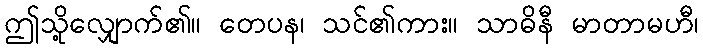
ဤသို့လျှောက်၏။ တေပန၊ သင်၏ကား။ သာဓိနီ မာတာမဟီ၊